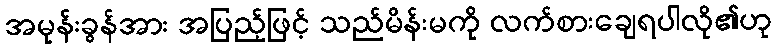
အမုန်းခွန်အား အပြည့်ဖြင့် သည်မိန်းမကို လက်စားချေရပါလို၏ဟု